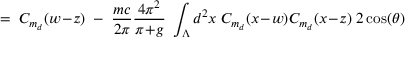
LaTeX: = \; C _ { m _ { d } } ( w \! - \! z ) \; - \; \frac { m c } { 2 \pi } \frac { 4 \pi ^ { 2 } } { \pi \! + \! g } \; \int _ { \Lambda } d ^ { 2 } x \; C _ { m _ { d } } ( x \! - \! w ) C _ { m _ { d } } ( x \! - \! z ) \; 2 \cos ( \theta )